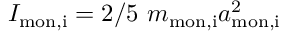
{ I _ { \mathrm { m o n , i } } = 2 / 5 \ m _ { \mathrm { m o n , i } } a _ { \mathrm { m o n , i } } ^ { 2 } }